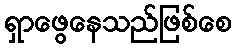
ရှာဖွေနေသည်ဖြစ်စေ